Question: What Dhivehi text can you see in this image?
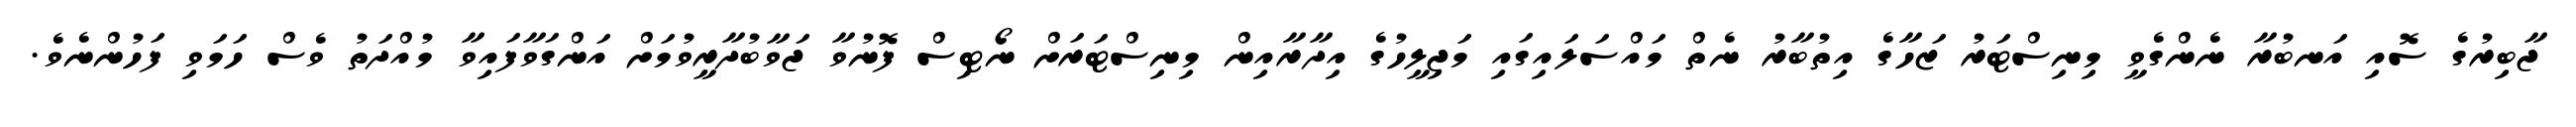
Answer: ޖާބިރުގެ ސޮއި އަނބުރާ ނެންގެވީ މިނިސްޓަރު ޒަހާގެ އިތުބާރު ނެތް މައްސަލައިގައި މަޖިލީހުގެ އިދާރާއިން މިނިސްޓަރަށް ނޯޓިސް ފޮނުވާ ޖަވާބުދާރީވުމަށް އަންގަވާފައިވާ މުއްދަތު ވެސް ހަމަވި ފަހުންނެވެ.